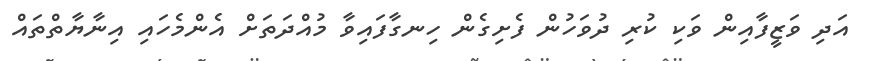
އަދި ވަޒީފާއިން ވަކި ކުރި ދުވަހުން ފެށިގެން ހިނގާފައިވާ މުއްދަތަށް އެންމެހައި އިނާޔާތްތައް